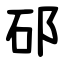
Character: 䂙